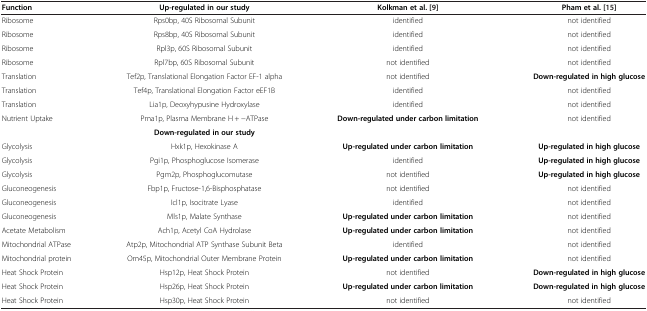
<table><thead><tr><td><b>Function</b></td><td><b>Up-regulated in our study</b></td><td><b>Kolkman et al.[9]</b></td><td><b>Pham et al.[15]</b></td></tr></thead><tbody><tr><td>Ribosome</td><td>Rps0bp, 40S Ribosomal Subunit</td><td>identified</td><td>not identified</td></tr><tr><td>Ribosome</td><td>Rps8bp, 40S Ribosomal Subunit</td><td>identified</td><td>not identified</td></tr><tr><td>Ribosome</td><td>Rpl3p, 60S Ribosomal Subunit</td><td>identified</td><td>not identified</td></tr><tr><td>Ribosome</td><td>Rpl7bp, 60S Ribosomal Subunit</td><td>not identified</td><td>not identified</td></tr><tr><td>Translation</td><td>Tef2p, Translational Elongation Factor EF-1 alpha</td><td>not identified</td><td><b>Down-regulated in high glucose</b></td></tr><tr><td>Translation</td><td>Tef4p, Translational Elongation Factor eEF1B</td><td>identified</td><td>not identified</td></tr><tr><td>Translation</td><td>Lia1p, Deoxyhypusine Hydroxylase</td><td>identified</td><td>not identified</td></tr><tr><td>Nutrient Uptake</td><td>Pma1p, Plasma Membrane H + −ATPase</td><td><b>Down-regulated under carbon limitation</b></td><td>not identified</td></tr><tr><td> </td><td><b>Down-regulated in our study</b></td><td> </td><td> </td></tr><tr><td>Glycolysis</td><td>Hxk1p, Hexokinase A</td><td><b>Up-regulated under carbon limitation</b></td><td><b>Up-regulated in high glucose</b></td></tr><tr><td>Glycolysis</td><td>Pgi1p, Phosphoglucose Isomerase</td><td>identified</td><td><b>Up-regulated in high glucose</b></td></tr><tr><td>Glycolysis</td><td>Pgm2p, Phosphoglucomutase</td><td>not identified</td><td><b>Up-regulated in high glucose</b></td></tr><tr><td>Gluconeogenesis</td><td>Fbp1p, Fructose-1,6-Bisphosphatase</td><td>not identified</td><td>not identified</td></tr><tr><td>Gluconeogenesis</td><td>Icl1p, Isocitrate Lyase</td><td>identified</td><td>not identified</td></tr><tr><td>Gluconeogenesis</td><td>Mls1p, Malate Synthase</td><td><b>Up-regulated under carbon limitation</b></td><td>not identified</td></tr><tr><td>Acetate Metabolism</td><td>Ach1p, Acetyl CoA Hydrolase</td><td><b>Up-regulated under carbon limitation</b></td><td>not identified</td></tr><tr><td>Mitochondrial ATPase</td><td>Atp2p, Mitochondrial ATP Synthase Subunit Beta</td><td>identified</td><td>not identified</td></tr><tr><td>Mitochondrial protein</td><td>Om45p, Mitochondrial Outer Membrane Protein</td><td><b>Up-regulated under carbon limitation</b></td><td>not identified</td></tr><tr><td>Heat Shock Protein</td><td>Hsp12p, Heat Shock Protein</td><td>not identified</td><td><b>Down-regulated in high glucose</b></td></tr><tr><td>Heat Shock Protein</td><td>Hsp26p, Heat Shock Protein</td><td><b>Up-regulated under carbon limitation</b></td><td><b>Down-regulated in high glucose</b></td></tr><tr><td>Heat Shock Protein</td><td>Hsp30p, Heat Shock Protein</td><td>not identified</td><td>not identified</td></tr></tbody></table>